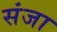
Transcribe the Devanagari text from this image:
संजा